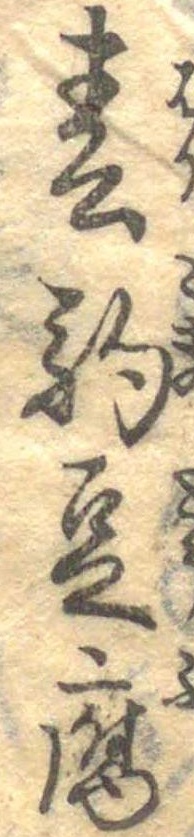
春駒豆腐